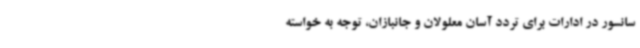
سانسور در ادارات برای تردد آسان معلولان و جانبازان، توجه به خواسته